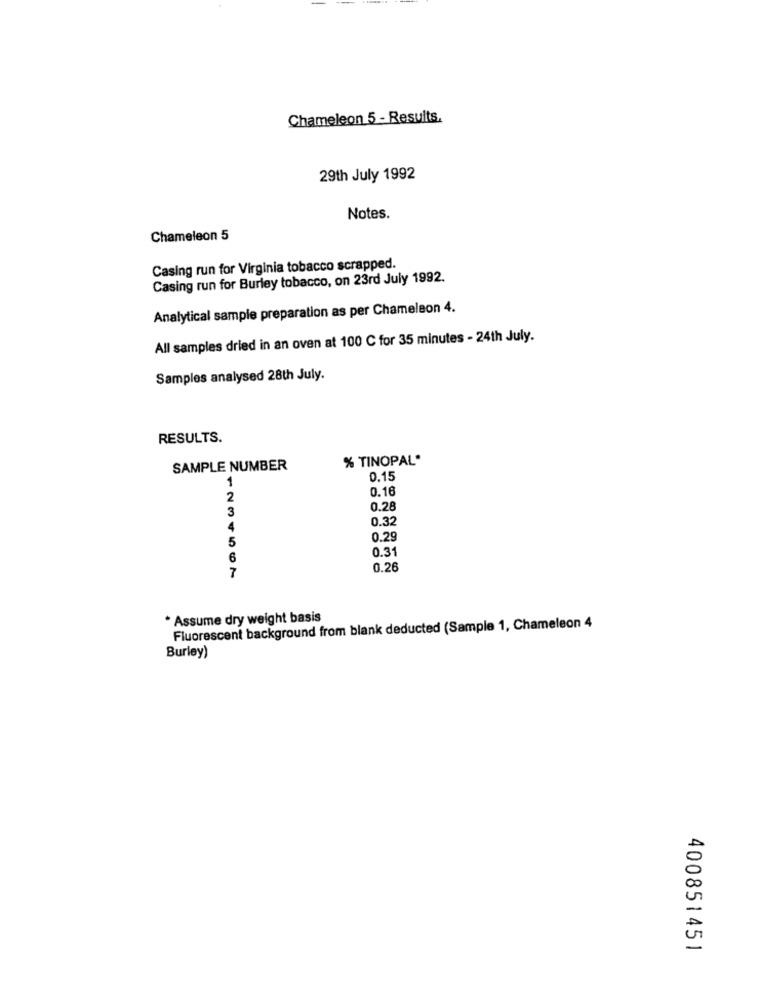
Chameleon 5 - Results.
29th July 1992
Notes.
Chameleon 5
Casing run for Virginia tobacco scrapped.
Casing run for Burley tobacco, on 23rd July 1992.
Analytical sample preparation as per Chameleon 4.
All samples dried in an oven at 100 C for 35 minutes - 24th July.
Samples analysed 28th July.
RESULTS.
% TINOPAL*
SAMPLE NUMBER
1
0.15
0.16
2
3
0.28
0.32
4
5
0.29
0.31
6
7
0.26
* Assume dry weight basis
Fluorescent background from blank deducted (Sample 1, Chameleon 4
Burley)
400851451